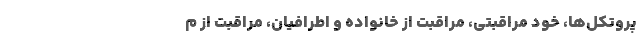
پروتکل‌ها، خود مراقبتی، مراقبت از خانواده و اطرافیان، مراقبت از م